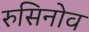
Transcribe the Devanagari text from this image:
रुसिनोव